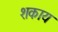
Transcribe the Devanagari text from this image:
शकाय